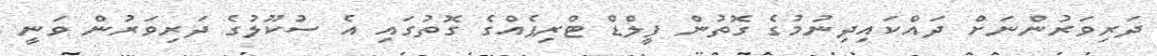
ދަރިވަރުންނަށް ދައްކައިދިނުމުގެ ގޮތުން ފީލްޑް ޓްރިޕެއްގެ ގޮތުގައި އެ ސުކޫލުގެ ދަރިވަރުން ވަނީ